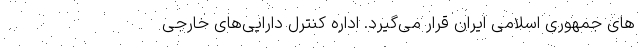
های جمهوری اسلامی ایران قرار می‌گیرد. اداره کنترل دارایی‌های خارجی